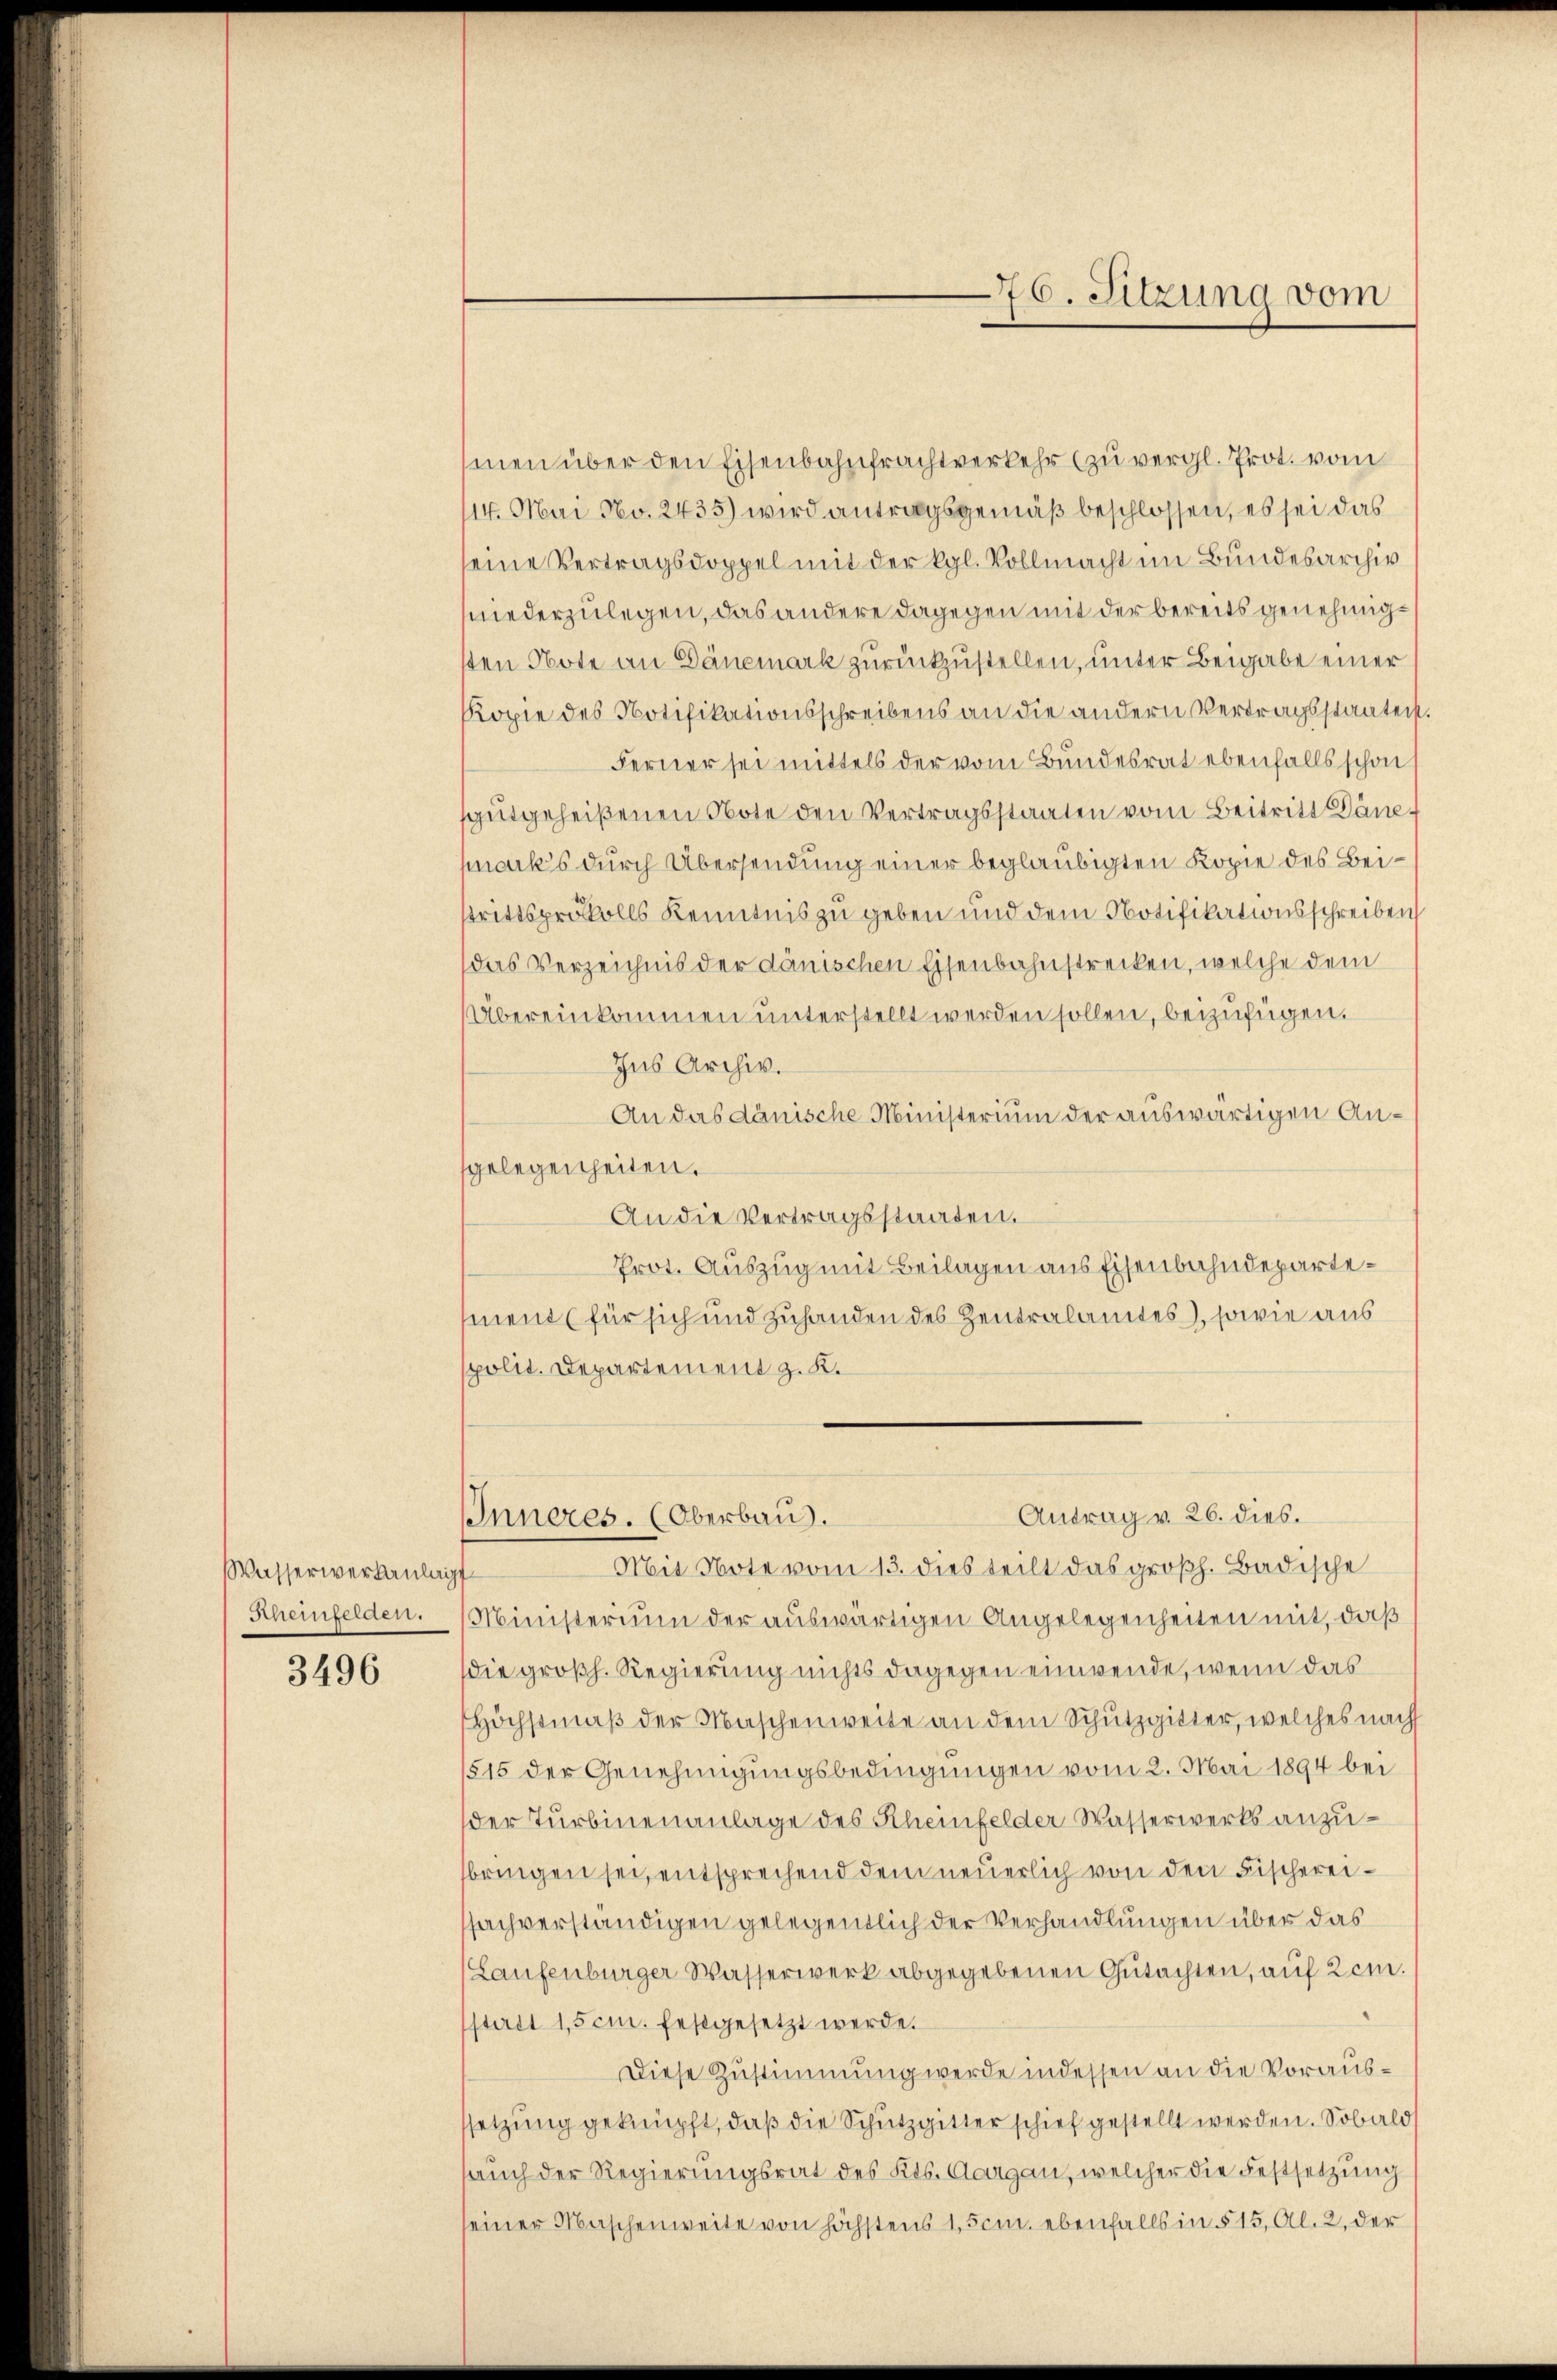
Wasserwerkanlag
Rheinfelden.

3496

men über den Eisenbahnfrachtverkehr (zu vergl. Prot. vom
114. Mai No. 2435) wird antragsgemäß beschlossen, es sei das
seine Vertragsdoppel mit der Kgl. Vollmacht im Bundesarchiv
niederzulegen, das andere dagegen mit der bereits genehmigsten Note an Dänemark zurückzustellen, unter Beigabe einer
Kopie des Notifikationsschreibens an die andern Vertragsstaatent.
Ferner sei mittels der vom Bundesrat ebenfalls schon
gutgeheißenen Note den Vertragsstaaten vom Beitritt Däne f
macks durch Übersendung einer beglaubigten Kopie des Beistrittsprofalls Kenntnis zu geben und dem Notifikationsschreiben
das Verzeichnis der dänischen Eisenbahnstrecken, welche dem
Übereinkommen unterstellt werden sollen, beizufügen.
Ins Archiv.
An das dänische Ministerium der auswärtigen Angelegenheiten.
An die Vertragsstaaten.
Prot. Auszug mit Beilagen aus Eisenbahndepartement (für sich und zuhanden des Zentralamtes, sowie aus
polit. Departement z. K.

Mit Note vom 13. dies teilt das großh. Badische
Ministerium der auswärtigen Angelegenheiten mit, daß
die großh. Regierung nichts dagegen einwende, wenn das
Höchstmäß der Maschenweite an dem Schutzgitter, welches nach
515 der Genehmigungsbedingungen vom 2. Mai 1894 bei
der Turbinenanlage des Rheinfelder Wasserwerks anzubringen sei, entsprechend dem neuerlich von den Fischereisachverständigen gelegentlich der Verhandlungen über das
Laufenburger Wasserwerk abgegebenen Gutachten, auf Zem.
sterst 15 cm. festgesetzt werde.
Diese Zustimmung werde in dessen an die Voraussetzung geknüpft, daß die Schutzgitter schief gestellt werden. Sobald
lauch der Regierungsrat des Kts. Aargau, welcher die Festsetzung
einer Maschenweite von höchstens 1, 5 cm. ebenfalls in § 15, Al. 2, der

Inneres. (Oberbau.

76. Sitzung vom

Antrag v. 26. dies.